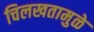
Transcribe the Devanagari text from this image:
चिलखतामुळे